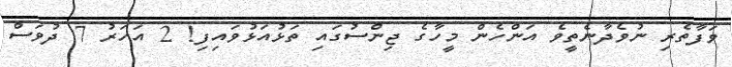
ވަފާތެރި ނުވެދާނެތީވެ އަންހެން މީހާގެ ޖިންސުގައި ތަޅުއަޅުވައިފި! 2 އަހަރު 7 ދުވަސް